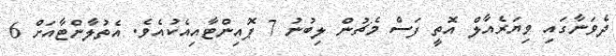
ދެވަނާގައި ވިޔަރެއާލް އޮތީ ފަސް މެޗުން ލިބުނު 7 ޕޮއިންޓާއިއެކުއެވެ. އެތުލާންޓާއަށް 6